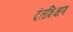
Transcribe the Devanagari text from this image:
दंतशिक्षण